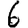
Digit: 6